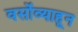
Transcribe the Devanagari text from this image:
वर्सोव्याहून